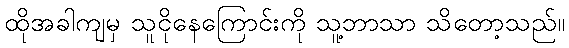
ထိုအခါကျမှ သူငိုနေကြောင်းကို သူ့ဘာသာ သိတော့သည်။